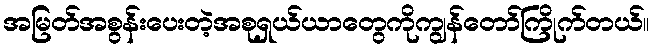
အမြတ်အစွန်းပေးတဲ့အစုရှယ်ယာတွေကိုကျွန်တော်ကြိုက်တယ်။